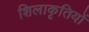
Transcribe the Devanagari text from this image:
शिलाकृतियों